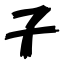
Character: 子